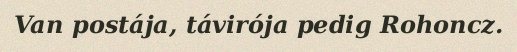
Van postája, távirója pedig Rohoncz.